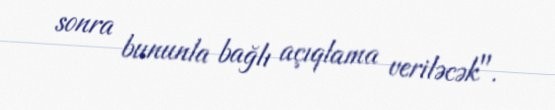
sonra bununla bağlı açıqlama veriləcək".